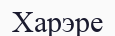
Харэре